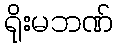
ရိုးမဘဏ်